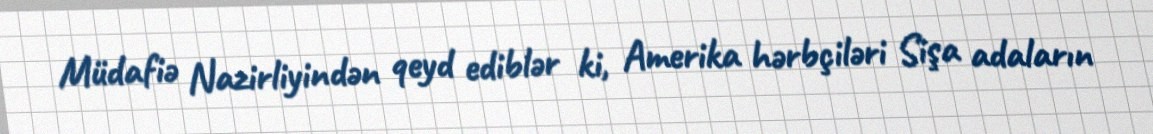
Müdafiə Nazirliyindən qeyd ediblər ki, Amerika hərbçiləri Sişa adaların